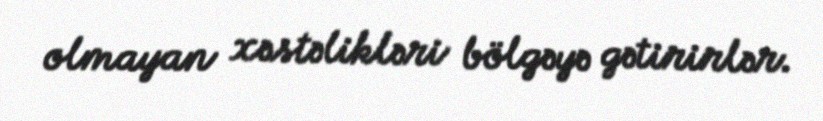
olmayan xəstəlikləri bölgəyə gətirirlər.